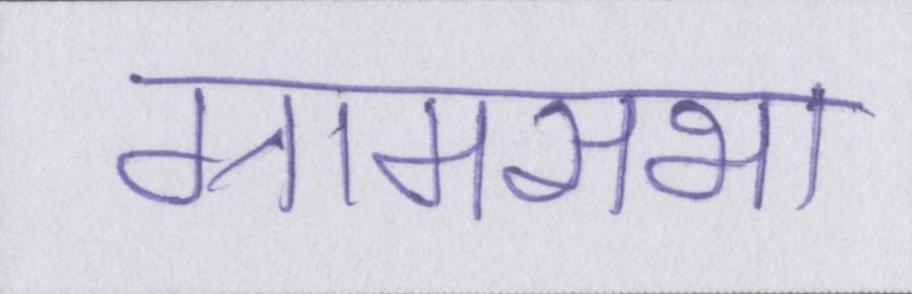
ग्रामसभा